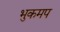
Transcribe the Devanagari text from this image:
भुकमप